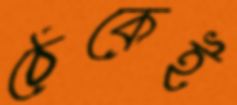
ঠেকেই